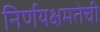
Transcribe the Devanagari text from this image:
निर्णयक्षमतेची